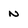
Character: n